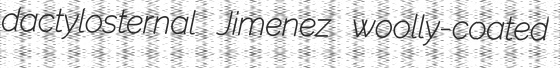
dactylosternal Jimenez woolly-coated